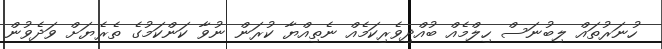
ހުނަރުތައް ލިބުނަސް ހިލްމެއް ބުއްދިވެރިކަމެއް ނެތިއްޔާ ކުރަން ނުވާ ކަންކަމުގެ ތެރެޔަށް ވަދެވުން